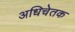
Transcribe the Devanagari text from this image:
अधिचेतक